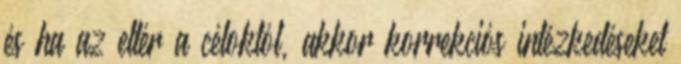
és ha az eltér a céloktól, akkor korrekciós intézkedéseket